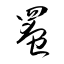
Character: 罨